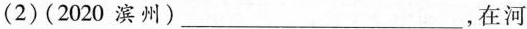
(2)(2020滨州)___，在河